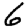
Digit: 6